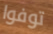
توفوا